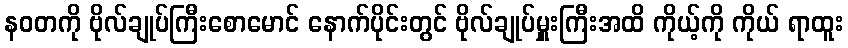
နဝတကို ဗိုလ်ချုပ်ကြီးစောမောင် နောက်ပိုင်းတွင် ဗိုလ်ချုပ်မှူးကြီးအထိ ကိုယ့်ကို ကိုယ် ရာထူး